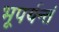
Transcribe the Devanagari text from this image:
भूपर्यन्तं